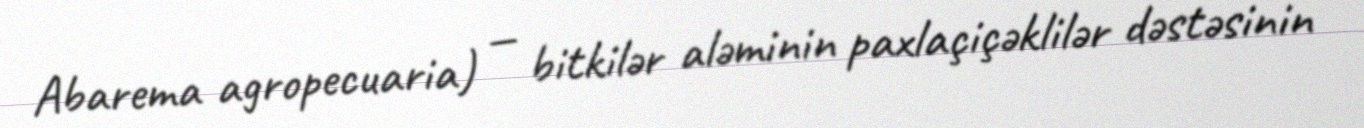
Abarema agropecuaria) — bitkilər aləminin paxlaçiçəklilər dəstəsinin